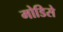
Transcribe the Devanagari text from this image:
मोडिसे